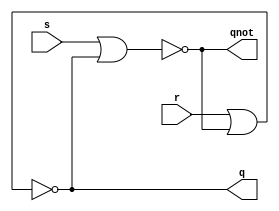
// ------------------------------------------------
// Guia 10 - Exericio 01 - latch SR com portas NOR
// Nome: Eduardo de Abreu Fortes
// ------------------------------------------------

// ----------------------------
// -- latch SR com portas NOR
// ----------------------------

module latchSR (q, qnot, s, r);
output q, qnot;
input s, r;
wire s1, s2;

nor NOR1 (s1, s, s2);
nor NOR2 (s2, r, s1);

assign q = s2;
assign qnot = s1;

endmodule

// ----------------
// -- test LatchSR
// ----------------

module testeLatchSR;
reg s, r;
wire q, qnot;
//--instancia
latchSR latch1(q, qnot, s, r);

initial begin:start
s=0; r=0;
end
//-- parte principal
initial begin:main
$display("Guia 10- Exercicio 01 - Eduardo de Abreu Fortes - 384047");
$display("Latch SR com portas NOR");
$display("\nS   R   Q QNot\n");
$monitor("%b   %b   %b %b", s, r, q, qnot);
#1  s=0; r=1;
#1  s=1; r=0;
#1  s=1; r=1;
end

endmodule //-- fim teste latchsr